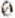
0